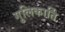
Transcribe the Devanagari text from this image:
गुलिकार्ति